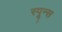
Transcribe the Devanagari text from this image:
स्पून्स